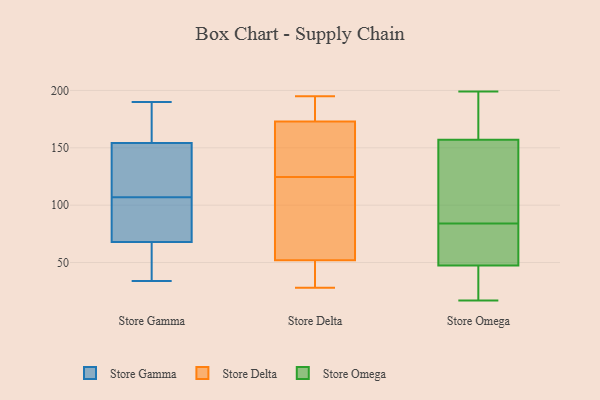
{"axis": {"x": "Latency (ms)", "y": "Value"}, "legend": ["Store Delta", "Store Gamma", "Store Omega"], "data": [{"x": "", "y": 149, "type": "Store Gamma"}, {"x": "", "y": 107, "type": "Store Gamma"}, {"x": "", "y": 109, "type": "Store Gamma"}, {"x": "", "y": 43, "type": "Store Gamma"}, {"x": "", "y": 148, "type": "Store Gamma"}, {"x": "", "y": 190, "type": "Store Gamma"}, {"x": "", "y": 47, "type": "Store Gamma"}, {"x": "", "y": 34, "type": "Store Gamma"}, {"x": "", "y": 104, "type": "Store Gamma"}, {"x": "", "y": 171, "type": "Store Gamma"}, {"x": "", "y": 75, "type": "Store Gamma"}, {"x": "", "y": 170, "type": "Store Gamma"}, {"x": "", "y": 95, "type": "Store Gamma"}, {"x": "", "y": 187, "type": "Store Delta"}, {"x": "", "y": 195, "type": "Store Delta"}, {"x": "", "y": 173, "type": "Store Delta"}, {"x": "", "y": 141, "type": "Store Delta"}, {"x": "", "y": 52, "type": "Store Delta"}, {"x": "", "y": 77, "type": "Store Delta"}, {"x": "", "y": 150, "type": "Store Delta"}, {"x": "", "y": 28, "type": "Store Delta"}, {"x": "", "y": 44, "type": "Store Delta"}, {"x": "", "y": 108, "type": "Store Delta"}, {"x": "", "y": 56, "type": "Store Omega"}, {"x": "", "y": 49, "type": "Store Omega"}, {"x": "", "y": 43, "type": "Store Omega"}, {"x": "", "y": 134, "type": "Store Omega"}, {"x": "", "y": 17, "type": "Store Omega"}, {"x": "", "y": 175, "type": "Store Omega"}, {"x": "", "y": 169, "type": "Store Omega"}, {"x": "", "y": 145, "type": "Store Omega"}, {"x": "", "y": 68, "type": "Store Omega"}, {"x": "", "y": 18, "type": "Store Omega"}, {"x": "", "y": 153, "type": "Store Omega"}, {"x": "", "y": 70, "type": "Store Omega"}, {"x": "", "y": 84, "type": "Store Omega"}, {"x": "", "y": 93, "type": "Store Omega"}, {"x": "", "y": 199, "type": "Store Omega"}, {"x": "", "y": 18, "type": "Store Omega"}, {"x": "", "y": 180, "type": "Store Omega"}]}